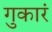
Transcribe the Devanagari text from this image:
गुकारं